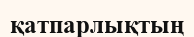
қатпарлықтың